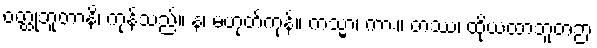
ဝတ္ထုဘူတာနိ၊ ကုန်သည်။ န၊ မဟုတ်ကုန်။ ကသ္မာ၊ ကား။ တဿ၊ ထိုယထာဘူတဉာ